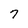
Character: T